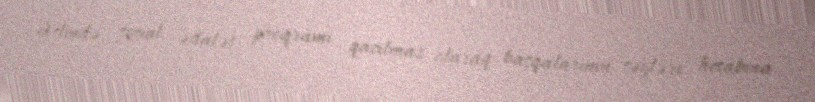
Əslində, sosial ədalət proqramı qaçılmaz olaraq başqalarının səyləri hesabına